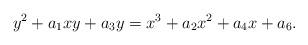
LaTeX: \begin{align*}y^2+a_1 xy+ a_3y=x^3+a_2x^2+a_4x+a_6.\end{align*}